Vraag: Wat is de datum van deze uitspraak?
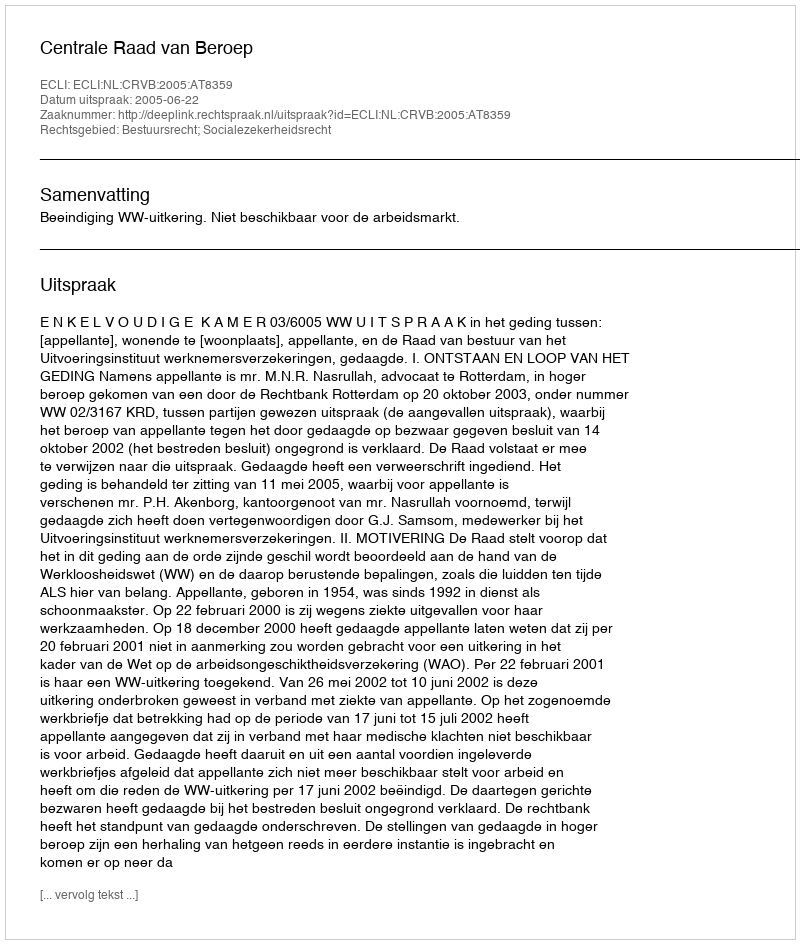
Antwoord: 2005-06-22